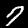
Digit: 7